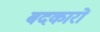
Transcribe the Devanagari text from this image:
बदकारों